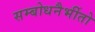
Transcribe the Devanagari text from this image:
सम्बोधनैर्भीतो